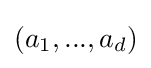
(a_{1},...,a_{d})